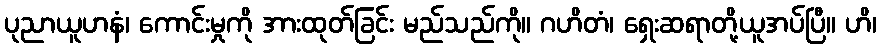
ပုညာယူဟနံ၊ ကောင်းမှုကို အားထုတ်ခြင်း မည်သည်ကို။ ဂဟိတံ၊ ရှေးဆရာတို့ယူအပ်ပြီ။ ဟိ၊